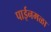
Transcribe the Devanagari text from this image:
पाईनमळा